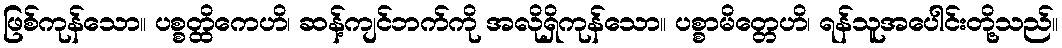
ဖြစ်ကုန်သော။ ပစ္စတ္ထိကေဟိ၊ ဆန့်ကျင်ဘက်ကို အလိုရှိကုန်သော။ ပစ္စာမိတ္တေဟိ၊ ရန်သူအပေါင်းတို့သည်။